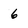
Character: 6